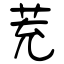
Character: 茺